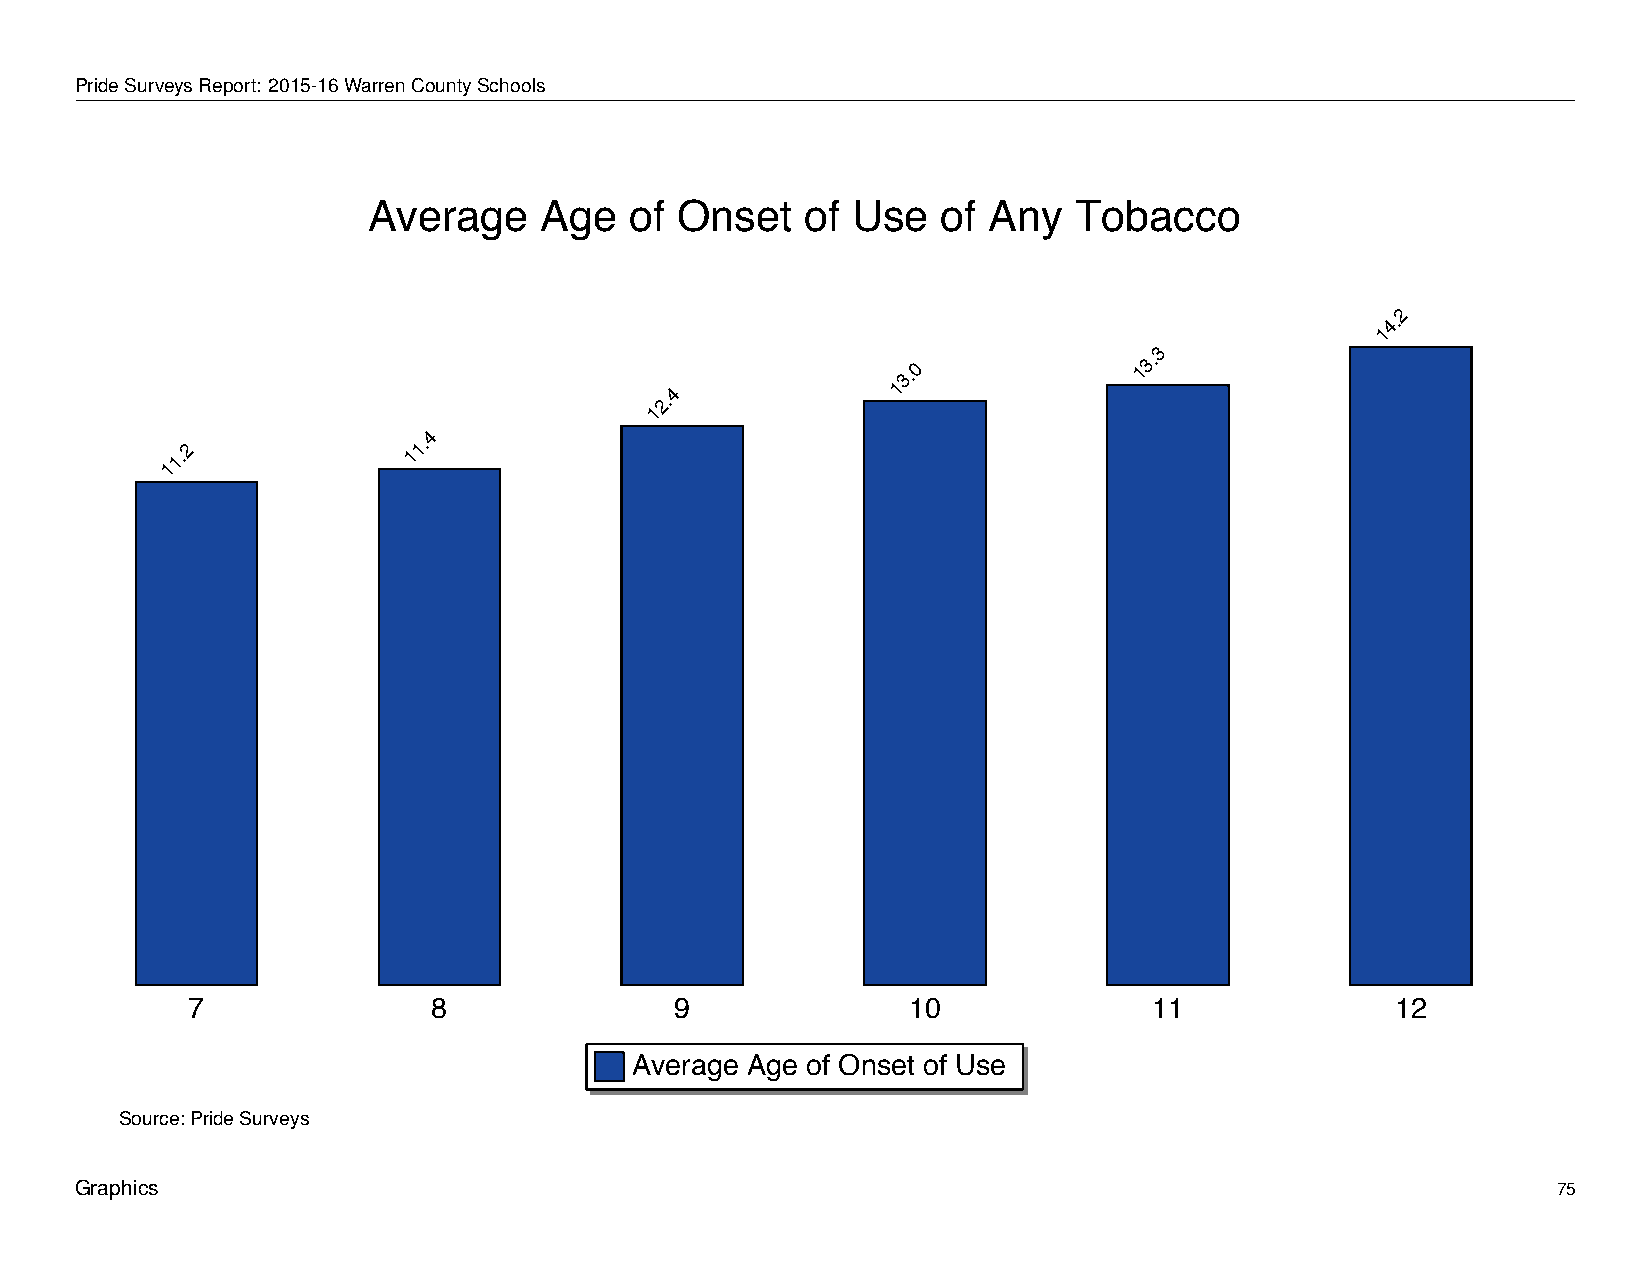
Average           Age       of   Onset        of   Use      of   Any       Tobacco
 PrideSurveysReport: 2015-16WarrenCountySchools
 Average     Age   of Onset   of Use   of Any   Tobacco
 2
 4.
 1
 3
 3.0
 13.
 1
 4
 2.
 1
 4
 11.2            11.
 7                8               9              10              11              12
 Average Age of Onset of Use
 Source: Pride Surveys
 Graphics                                                                                          75